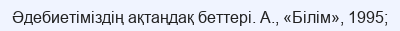
Әдебиетіміздің ақтаңдақ беттері. А., «Білім», 1995;